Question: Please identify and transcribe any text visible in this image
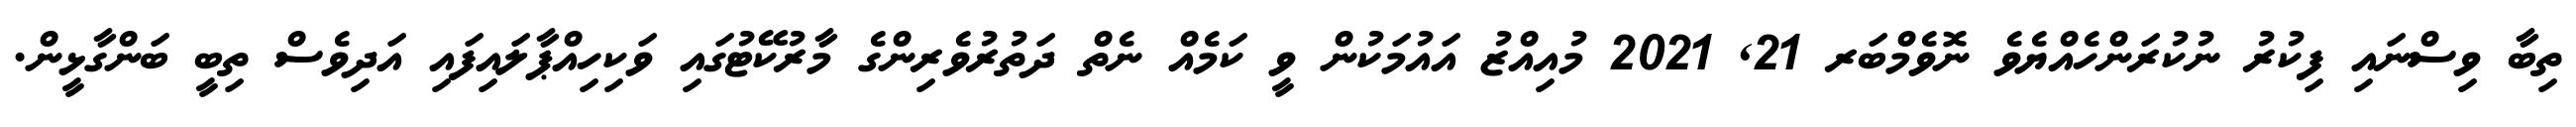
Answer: ތިބާ ވިސްނައި ފިކުރު ނުކުރަންހެއްޔެވެ ނޮވެމްބަރ 21, 2021 މުއިއްޒު އައުމަކުން ވީ ކަމެއް ނެތް ދަތުރުވެރިންގެ މާރުކޭޓުގައި ވަކިހިއްޕާލައިފައި އަދިވެސް ތިބީ ބަންގާޅީން.